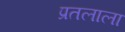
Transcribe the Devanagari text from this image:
प्रतलाला